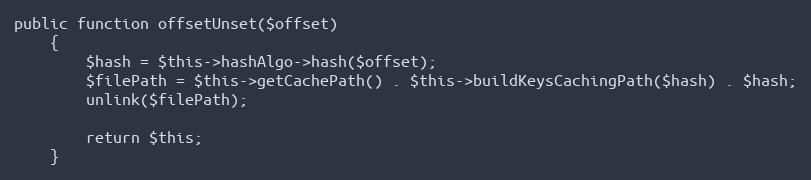
Language: PHP
public function offsetUnset($offset)
    {
        $hash = $this->hashAlgo->hash($offset);
        $filePath = $this->getCachePath() . $this->buildKeysCachingPath($hash) . $hash;
        unlink($filePath);

        return $this;
    }